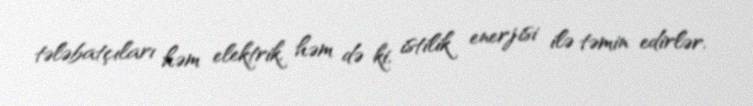
tələbatçıları həm elektrik, həm də ki, istilik enerjisi ilə təmin edirlər.